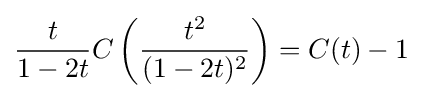
{t \over {1-2t}}C\left({t^{2} \over (1-2t)^{2}}\right)=C(t)-1